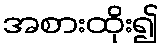
အစားထိုး၍